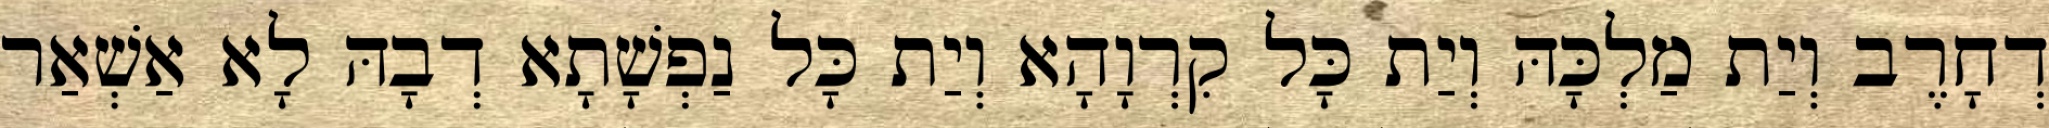
דְחָרֶב וְיַת מַלְכָּהּ וְיַת כָּל קִרְוָהָא וְיַת כָּל נַפְשָׁתָא דְבָהּ לָא אַשְׁאַר